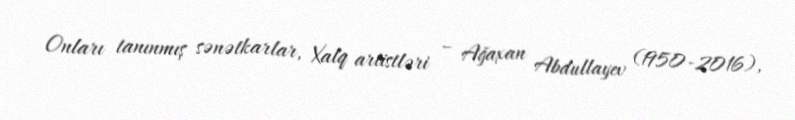
Onları tanınmış sənətkarlar, Xalq artistləri – Ağaxan Abdullayev (1950-2016),